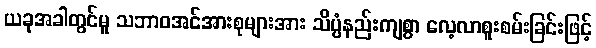
ယခုအခါတွင်မူ သဘာဝအင်အားစုများအား သိပ္ပံနည်းကျစွာ လေ့လာစူးစမ်းခြင်းဖြင့်